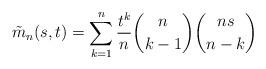
LaTeX: \begin{align*}\tilde{m}_n(s,t)=\sum_{k=1}^n\frac{t^k}{n}\binom{n}{k-1}\binom{ns}{n-k}\end{align*}